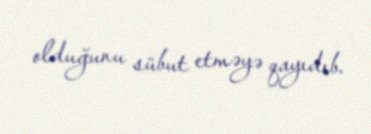
olduğunu sübut etməyə qayıdıb.